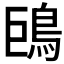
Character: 𩿝